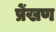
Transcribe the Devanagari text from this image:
प्रेंखण